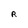
Character: R